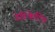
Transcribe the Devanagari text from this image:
डेडिकेटिड